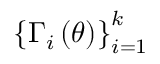
\left\{ \Gamma _ { i } \left( \theta \right) \right\} _ { i = 1 } ^ { k }